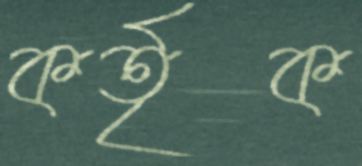
কর্তৃক